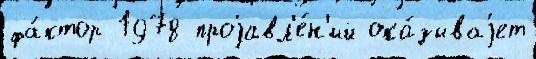
фа́ктор 1978 проjавл'е́н'ий ока́зываjет